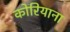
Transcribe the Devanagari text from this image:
कोरियाना